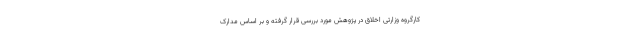
کارگروه وزارتی اخلاق در پژوهش مورد بررسی قرار گرفته و بر اساس مدارک